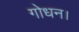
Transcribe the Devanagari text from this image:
गोधन।